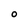
Character: O